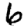
Digit: 6